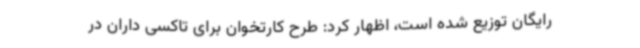
رایگان توزیع شده است، اظهار کرد: طرح کارتخوان برای تاکسی داران در